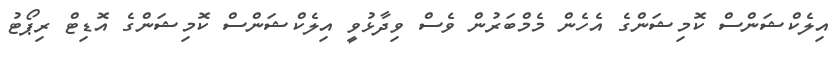
އިލެކްޝަންސް ކޮމިޝަންގެ އެހެން މެމްބަރުން ވެސް ވިދާޅުވީ އިލެކްޝަންސް ކޮމިޝަންގެ އޮޑިޓް ރިޕޯޓު